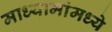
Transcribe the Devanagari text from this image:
माध्यामांमध्ये